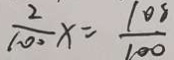
\frac { 2 } { 1 0 0 } x = \frac { 1 0 8 } { 1 0 0 }